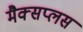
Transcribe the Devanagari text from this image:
मैक्सप्लस